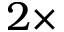
2 \times